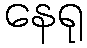
နေရု